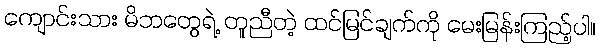
ကျောင်းသား မိဘတွေရဲ့ တူညီတဲ့ ထင်မြင်ချက်ကို မေးမြန်းကြည့်ပါ။